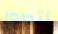
أتصور